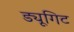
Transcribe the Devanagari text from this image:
ड्यूगिट